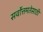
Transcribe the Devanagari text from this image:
सर्वोत्तमतेसाठी